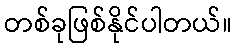
တစ်ခုဖြစ်နိုင်ပါတယ်။